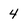
Character: 4